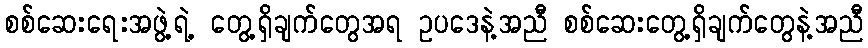
စစ်ဆေးရေးအဖွဲ့ရဲ့ တွေ့ရှိချက်တွေအရ ဥပဒေနဲ့အညီ စစ်ဆေးတွေ့ရှိချက်တွေနဲ့အညီ